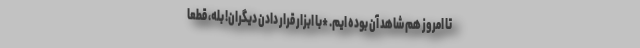
تا امروز هم شاهد آن بوده ایم. *با ابزار قرار دادن دیگران! بله، قطعاً